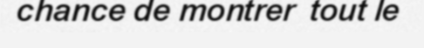
chance de montrer  tout le